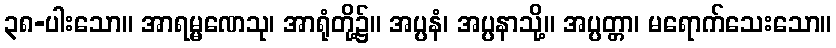
၃၈-ပါးသော။ အာရမ္မဏေသု၊ အာရုံတို့၌။ အပ္ပနံ၊ အပ္ပနာသို့။ အပ္ပတ္တာ၊ မရောက်သေးသော။